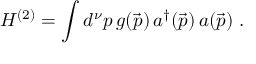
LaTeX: H ^ { ( 2 ) } = \int d ^ { \nu } p \, g ( \vec { p } ) \, a ^ { \dag } ( \vec { p } ) \, a ( \vec { p } ) \; .